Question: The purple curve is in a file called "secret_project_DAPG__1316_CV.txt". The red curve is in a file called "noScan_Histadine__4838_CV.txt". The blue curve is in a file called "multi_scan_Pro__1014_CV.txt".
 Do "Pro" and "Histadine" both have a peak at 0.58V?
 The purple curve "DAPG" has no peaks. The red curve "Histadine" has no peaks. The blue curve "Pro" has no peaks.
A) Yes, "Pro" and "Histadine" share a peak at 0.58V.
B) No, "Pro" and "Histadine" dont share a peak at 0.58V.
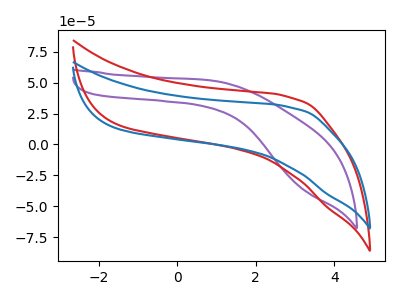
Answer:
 <answer>B) No, "Pro" and "Histadine" dont share a peak at 0.58V.</answer>
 <eval>B</eval>